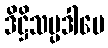
ဒိဋ္ဌိသမ္ပဒါပေ